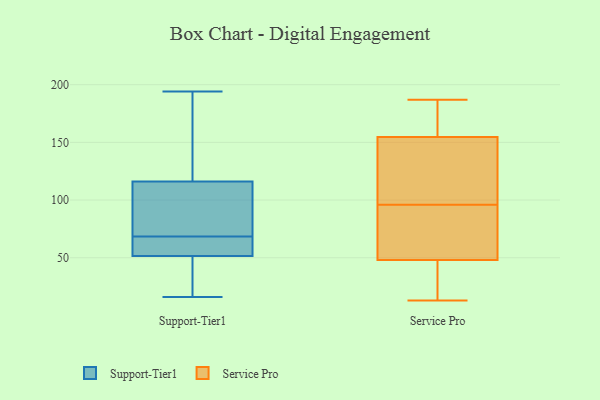
{"axis": {"x": "Website Visitors", "y": "Value"}, "legend": ["Service Pro", "Support-Tier1"], "data": [{"x": "", "y": 194, "type": "Support-Tier1"}, {"x": "", "y": 71, "type": "Support-Tier1"}, {"x": "", "y": 57, "type": "Support-Tier1"}, {"x": "", "y": 72, "type": "Support-Tier1"}, {"x": "", "y": 66, "type": "Support-Tier1"}, {"x": "", "y": 16, "type": "Support-Tier1"}, {"x": "", "y": 46, "type": "Support-Tier1"}, {"x": "", "y": 160, "type": "Support-Tier1"}, {"x": "", "y": 65, "type": "Support-Tier1"}, {"x": "", "y": 37, "type": "Support-Tier1"}, {"x": "", "y": 72, "type": "Support-Tier1"}, {"x": "", "y": 160, "type": "Support-Tier1"}, {"x": "", "y": 165, "type": "Service Pro"}, {"x": "", "y": 178, "type": "Service Pro"}, {"x": "", "y": 169, "type": "Service Pro"}, {"x": "", "y": 41, "type": "Service Pro"}, {"x": "", "y": 149, "type": "Service Pro"}, {"x": "", "y": 13, "type": "Service Pro"}, {"x": "", "y": 48, "type": "Service Pro"}, {"x": "", "y": 67, "type": "Service Pro"}, {"x": "", "y": 48, "type": "Service Pro"}, {"x": "", "y": 75, "type": "Service Pro"}, {"x": "", "y": 140, "type": "Service Pro"}, {"x": "", "y": 155, "type": "Service Pro"}, {"x": "", "y": 154, "type": "Service Pro"}, {"x": "", "y": 41, "type": "Service Pro"}, {"x": "", "y": 52, "type": "Service Pro"}, {"x": "", "y": 107, "type": "Service Pro"}, {"x": "", "y": 26, "type": "Service Pro"}, {"x": "", "y": 96, "type": "Service Pro"}, {"x": "", "y": 187, "type": "Service Pro"}]}